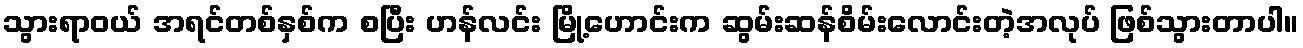
သွားရာဝယ် အရင်တစ်နှစ်က စပြီး ဟန်လင်း မြို့ဟောင်းက ဆွမ်းဆန်စိမ်းလောင်းတဲ့အလုပ် ဖြစ်သွားတာပါ။